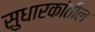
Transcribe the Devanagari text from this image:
सुधारकांतील